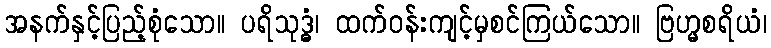
အနက်နှင့်ပြည့်စုံသော။ ပရိသုဒ္ဓံ၊ ထက်ဝန်းကျင့်မှစင်ကြယ်သော။ ဗြဟ္မစရိယံ၊